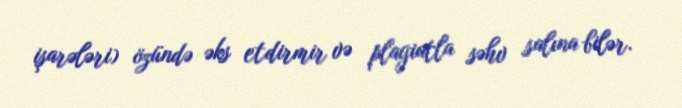
işarələri) özündə əks etdirmir və plagiatla səhv salına bilər.